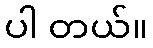
ပါ တယ်။